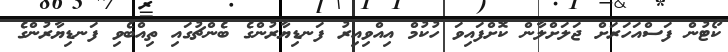
ކޯޓުން ފަސްއަހަރަށް ޖަލަށްލާން ކޮށްފައިވަ ހުކުމް އިއްވިއިރު ފަނޑިޔާރުންގެ ބެންޗުގައި ތިއްބެވި ފަނޑިޔާރުންގެ